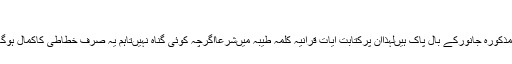
بینواتوجر وا
جواب : صورت مسئول عنہامیں مذکورہ جانورکے بال پاک ہیںلہذاان پرکتابت آیات قرآنیہ کلمہ طیبہ میںشرعااگرچہ کوئی گناہ نہیںتاہم یہ صرف خطاطی کاکمال ہوگااس سے عوام کوکوئی فائدہ نہیں۔